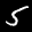
Label: 5